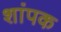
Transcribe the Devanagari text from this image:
शांपक